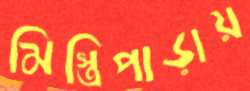
মিস্ত্রিপাড়ায়